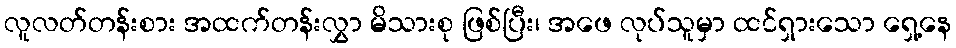
လူလတ်တန်းစား အထက်တန်းလွှာ မိသားစု ဖြစ်ပြီး၊ အဖေ လုပ်သူမှာ ထင်ရှားသော ရှေ့နေ